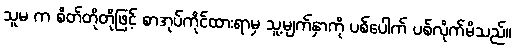
သူမ က စိတ်တိုတိုဖြင့် စာအုပ်ကိုင်ထားရာမှ သူ့မျက်နှာကို ပစ်ပေါက် ပစ်လိုက်မိသည်။